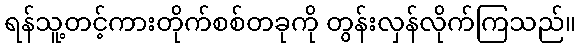
ရန်သူ့တင့်ကားတိုက်စစ်တခုကို တွန်းလှန်လိုက်ကြသည်။